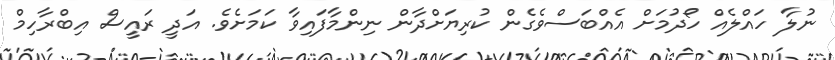
ނުލާ ހައްލެއް ހޯދުމަށް އެއްބަސްވެގެން ކުރިޔަށްދާން ނިންމާފައިވާ ކަމަށެވެ. އަދީ ރައީސް އިބްރާހިމް